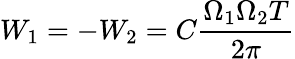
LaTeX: W_{1}=-W_{2}=C\frac{\Omega_{1}\Omega_{2}T}{2\pi}